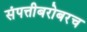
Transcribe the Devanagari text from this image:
संपत्तीबरोबरच